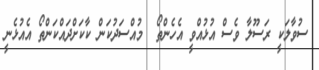
ސުވާލަކީ ރަސޫލާ ވެސް އުޅުއްވީ އެހެންތޯ  މުއްސަދުކަން ކާކަށްދައްކަންތޯ އެއުޅެނީ